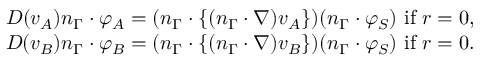
\begin{array} { r } { D ( v _ { A } ) n _ { \Gamma } \cdot \varphi _ { A } = ( n _ { \Gamma } \cdot \{ ( n _ { \Gamma } \cdot \nabla ) v _ { A } \} ) ( n _ { \Gamma } \cdot \varphi _ { S } ) \mathrm { ~ i f ~ } r = 0 , } \\ { D ( v _ { B } ) n _ { \Gamma } \cdot \varphi _ { B } = ( n _ { \Gamma } \cdot \{ ( n _ { \Gamma } \cdot \nabla ) v _ { B } \} ) ( n _ { \Gamma } \cdot \varphi _ { S } ) \mathrm { ~ i f ~ } r = 0 . } \end{array}